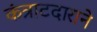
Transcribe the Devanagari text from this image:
कंत्राटदाराने